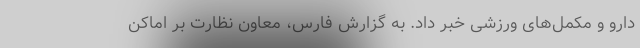
دارو و مکمل‌های ورزشی خبر داد. به گزارش فارس، معاون نظارت بر اماکن